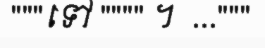
"""ទៅ """" ។  ..."""